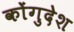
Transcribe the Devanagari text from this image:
कोंगुदेश